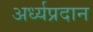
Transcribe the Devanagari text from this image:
अर्ध्यप्रदान